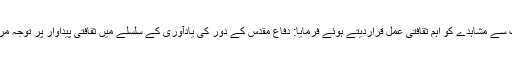
رہبر معظم انقلاب اسلامی نے جنگی علاقوں کے دورے اور قریب سے مشاہدے کو اہم ثقافتی عمل قراردیتے ہوئے فرمایا: دفاع مقدس کے دور کی یادآوری کے سلسلے میں ثقافتی پیداوار پر توجہ مرکوز کرنی چاہیے اور اس ثقافتی ورثہ کو ہمیشہ یاد رکھنا چاہیے۔